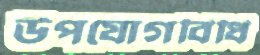
উপযোগবিধি